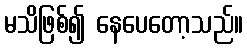
မသိဖြစ်၍ နေပေတော့သည်။